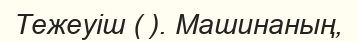
Тежеуіш ( ). Машинаның,